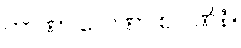
တာဏာ လေဏာ စ ပဏိနံ။